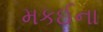
મકઈના